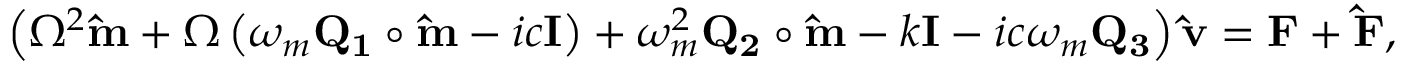
\left( \Omega ^ { 2 } \mathbf { \hat { m } } + \Omega \left( \omega _ { m } \mathbf { Q _ { 1 } } \circ \mathbf { \hat { m } } - i c \mathbf { I } \right) + \omega _ { m } ^ { 2 } \mathbf { Q _ { 2 } } \circ \mathbf { \hat { m } } - k \mathbf { I } - i c \omega _ { m } \mathbf { Q _ { 3 } } \right) \mathbf { \hat { v } } = \mathbf { F } + \mathbf { \hat { F } } ,